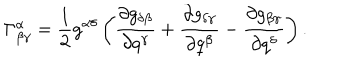
\Gamma _ { \beta \gamma } ^ { \alpha } = \frac 1 2 g ^ { \alpha \delta } \left( \frac { \partial g _ { \delta \beta } } { \partial q ^ { \gamma } } + \frac { \partial g _ { \delta \gamma } } { \partial q ^ { \beta } } - \frac { \partial g _ { \beta \gamma } } { \partial q ^ { \delta } } \right) .